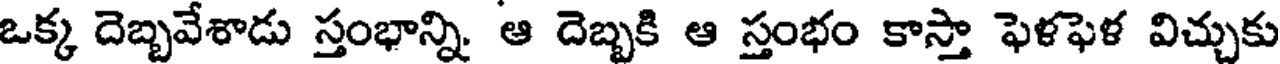
ఒక్క దెబ్బవేశాడు స్తంభాన్ని. ఆ దెబ్బకి ఆ స్తంభం కాస్తా ఫెళఫెళ విచ్చుకు